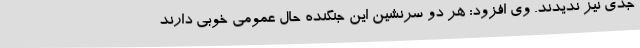
جدی نیز ندیدند. وی افزود: هر دو سرنشین این جنگنده حال عمومی خوبی دارند